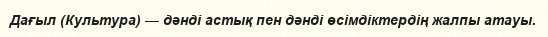
Дағыл (Культура) — дәнді астық пен дәнді өсімдіктердің жалпы атауы.